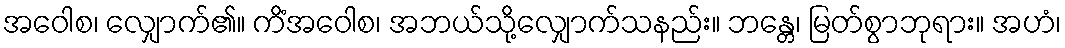
အဝေါစ၊ လျှောက်၏။ ကိံအဝေါစ၊ အဘယ်သို့လျှောက်သနည်း။ ဘန္တေ၊ မြတ်စွာဘုရား။ အဟံ၊